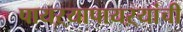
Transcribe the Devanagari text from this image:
पायऱ्यापायऱ्यांची